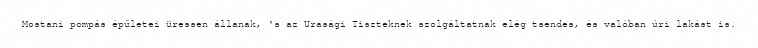
Mostani pompás épűletei üressen állanak, 's az Urasági Tiszteknek szolgáltatnak elég tsendes, és valóban úri lakást is.